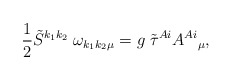
\begin{align*}\frac{1}{2} \tilde{S}^{k_1k_2}\; \omega_{k_1 k_2 \mu} =g \; \tilde{\tau}^{Ai} A^{Ai}{ }_{\mu},\end{align*}